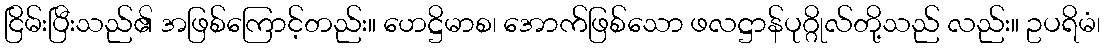
ငြိမ်းပြီးသည်၏ အဖြစ်ကြောင့်တည်း။ ဟေဋ္ဌိမာစ၊ အောက်ဖြစ်သော ဖလဋ္ဌာန်ပုဂ္ဂိုလ်တို့သည် လည်း။ ဥပရိမံ၊